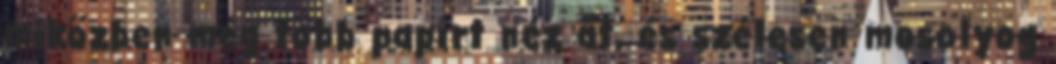
miközben még több papírt néz át, és szélesen mosolyog